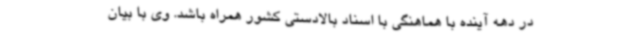
در دهه آینده با هماهنگی با اسناد بالادستی کشور همراه باشد. وی با بیان